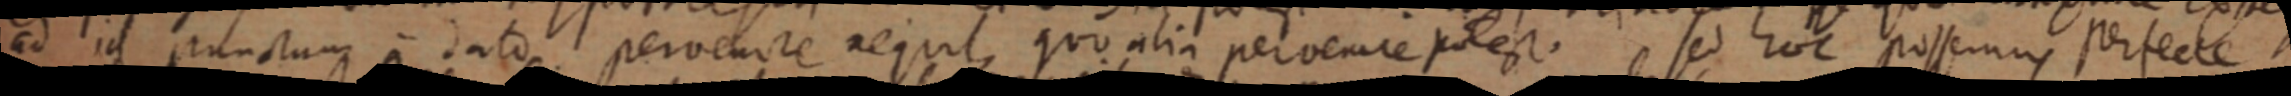
ad id punctum a dato pervenire nequit, quo alia pervenire potest. sed hoc possemus perfecte